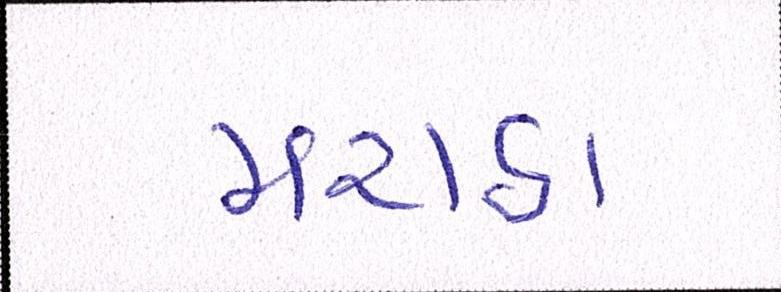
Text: મરાઠા